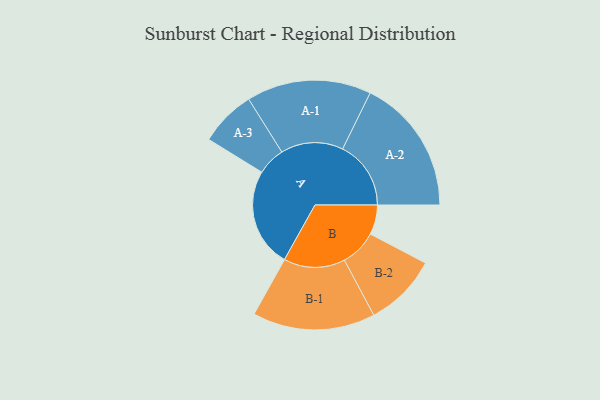
{"axis": {"x": "Segment", "y": "Value"}, "legend": ["", "A", "B"], "data": [{"x": "A", "y": 384, "type": ""}, {"x": "B", "y": 115, "type": ""}, {"x": "A-1", "y": 242, "type": "A"}, {"x": "A-2", "y": 265, "type": "A"}, {"x": "A-3", "y": 109, "type": "A"}, {"x": "B-1", "y": 238, "type": "B"}, {"x": "B-2", "y": 142, "type": "B"}]}